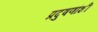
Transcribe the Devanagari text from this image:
प्रदुषणांशी